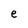
Character: e